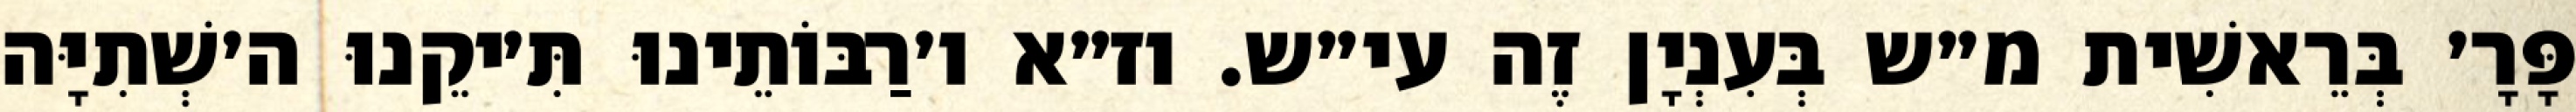
פָּרָ׳ בְּרֵאשִׁית מ״ש בְּעִנְיָן זֶה עי״ש. וז״א ו׳רַבּוֹתֵינוּ תִּ׳יקֵנוּ ה׳שְׁתִיָּה